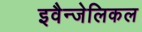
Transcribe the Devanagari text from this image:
इवैन्जेलिकल